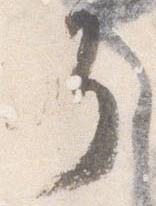
了